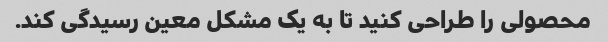
محصولی را طراحی کنید تا به یک مشکل معین رسیدگی کند.